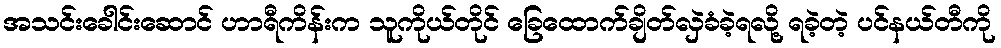
အသင်းခေါင်းဆောင် ဟာရီကိန်းက သူကိုယ်တိုင် ခြေထောက်ချိတ်လှဲခံခဲ့ရလို့ ရခဲ့တဲ့ ပင်နယ်တီကို